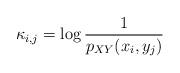
LaTeX: \begin{align*} \kappa_{i,j}=\log\frac{1}{p_{XY}(x_i, y_j)}\end{align*}